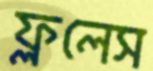
ফ্ললেস